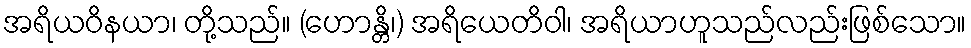
အရိယဝိနယာ၊ တို့သည်။ (ဟောန္တိ၊) အရိယေတိဝါ၊ အရိယာဟူသည်လည်းဖြစ်သော။